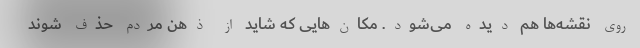
روی نقشه‌ها هم دیده می‌شود. مکان‌هایی که شاید از ذهن مردم حذف شوند